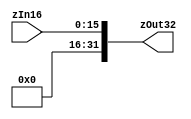
`timescale 1 ps / 100 fs
// fpga4student.com: FPGA projects, Verilog Projects, VHDL projects
// Verilog project: 32-bit 5-stage Pipelined MIPS Processor in Verilog 
// Zero-Extension
module zero_extend(zOut32,zIn16);
output [31:0] zOut32;
input [15:0] zIn16;
assign zOut32 = {{16{1'b0}},zIn16};
endmodule